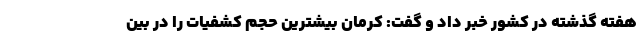
هفته گذشته در کشور خبر داد و گفت: کرمان بیشترین حجم کشفیات را در بین